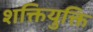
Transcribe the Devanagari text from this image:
शक्तियुक्ति